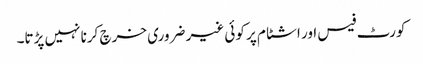
کورٹ فیس اور اشٹام پر کوئی غیر ضروری خرچ کرنا نہیں پڑتا۔